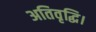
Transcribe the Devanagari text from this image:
अतिवृद्धि।